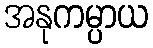
အနုကမ္ပာယ